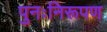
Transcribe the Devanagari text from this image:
पुनःनिरूपण